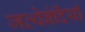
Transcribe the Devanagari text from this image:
जत्थेबंदियाँ